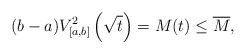
\begin{align*}(b-a)V^2_{[a,b]}\left(\sqrt{t}\right)=M(t)\le \overline{M},\end{align*}